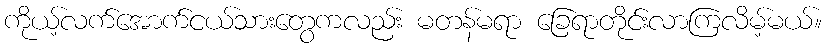
ကိုယ့်လက်အောက်ငယ်သားတွေကလည်း မတန်မရာ ခြေရာတိုင်းလာကြလိမ့်မယ်။